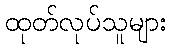
ထုတ်လုပ်သူများ